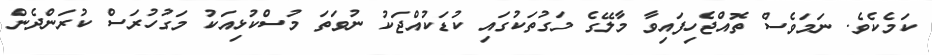
ކަމެކެވެ. ނަމަވެސް ތޮއްޖެހިފައިވާ މާލޭގެ މަގުތަކުގައި ކުޑަކުއްޖަކު ނުވަތަ މުސްކުޅިއަކު މަގުހުރަސް ކުރަންދެން